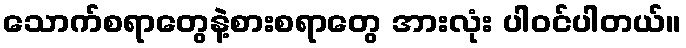
သောက်စရာတွေနဲ့စားစရာတွေ အားလုံး ပါဝင်ပါတယ်။